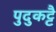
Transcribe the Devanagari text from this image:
पुदुकट्टै